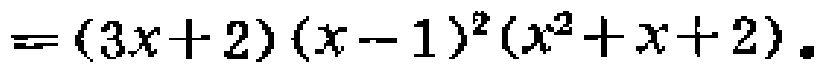
\(=(3x + 2)(x - 1)^2(x^2 + x + 2).\)